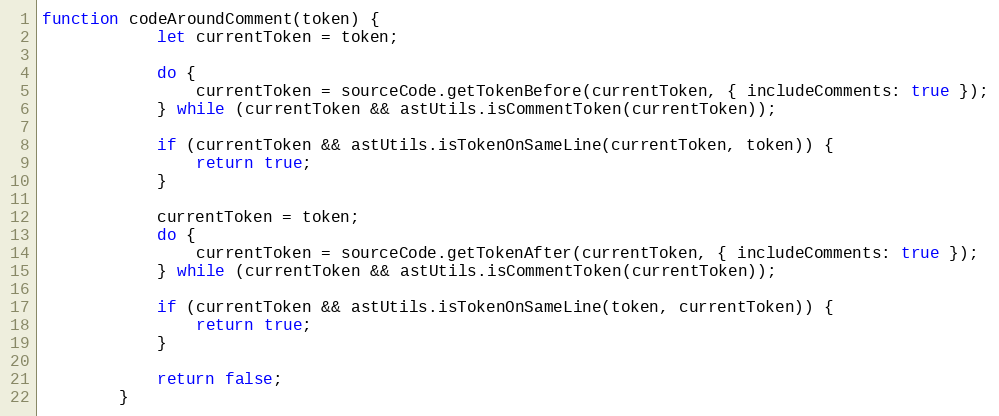
Language: JavaScript
function codeAroundComment(token) {
            let currentToken = token;

            do {
                currentToken = sourceCode.getTokenBefore(currentToken, { includeComments: true });
            } while (currentToken && astUtils.isCommentToken(currentToken));

            if (currentToken && astUtils.isTokenOnSameLine(currentToken, token)) {
                return true;
            }

            currentToken = token;
            do {
                currentToken = sourceCode.getTokenAfter(currentToken, { includeComments: true });
            } while (currentToken && astUtils.isCommentToken(currentToken));

            if (currentToken && astUtils.isTokenOnSameLine(token, currentToken)) {
                return true;
            }

            return false;
        }